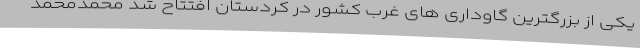
یکی از بزرگترین گاوداری های غرب کشور در کردستان افتتاح شد محمدمحمد